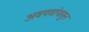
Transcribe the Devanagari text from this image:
अवयवांपासुन